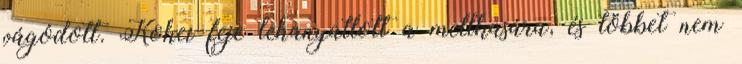
vágódott. Kohei feje lehanyatlott a mellkasára, és többet nem